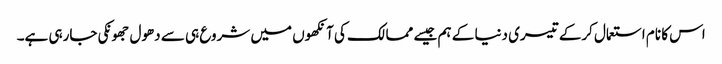
اس کا نام استعمال کرکے تیسری دنیا کے ہم جیسے ممالک کی آنکھوں میں شروع ہی سے دھول جھونکی جارہی ہے۔